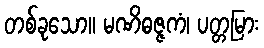
တစ်ခုသော။ မဏိဓဇ္ဇကံ၊ ပတ္တမြား